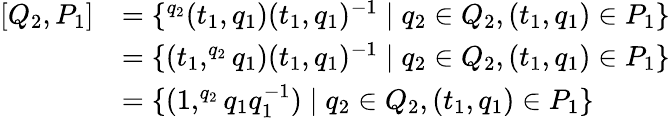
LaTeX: \begin{array}{rl}{[Q_{2},P_{1}]}&{=\{ ^{q_{2}}(t_{1},q_{1})(t_{1},q_{1})^{-1}\mid q_{2}\in Q_{2},(t_{1},q_{1})\in P_{1}\} }\\ &{=\{ (t_{1},^{q_{2}}q_{1})(t_{1},q_{1})^{-1}\mid q_{2}\in Q_{2},(t_{1},q_{1})\in P_{1}\} }\\ &{=\{ (1,^{q_{2}}q_{1}q_{1}^{-1})\mid q_{2}\in Q_{2},(t_{1},q_{1})\in P_{1}\} }\end{array}